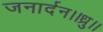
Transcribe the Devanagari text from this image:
जनार्दन।।ध्रु।।